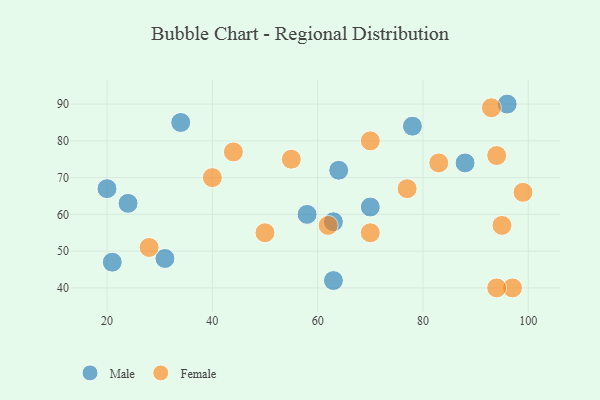
{"axis": {"x": "GDP", "y": "Life Expectancy"}, "legend": ["Female", "Male"], "data": [{"x": "31", "y": 48, "type": "Male"}, {"x": "64", "y": 72, "type": "Male"}, {"x": "70", "y": 62, "type": "Male"}, {"x": "34", "y": 85, "type": "Male"}, {"x": "88", "y": 74, "type": "Male"}, {"x": "63", "y": 42, "type": "Male"}, {"x": "78", "y": 84, "type": "Male"}, {"x": "63", "y": 58, "type": "Male"}, {"x": "96", "y": 90, "type": "Male"}, {"x": "58", "y": 60, "type": "Male"}, {"x": "21", "y": 47, "type": "Male"}, {"x": "20", "y": 67, "type": "Male"}, {"x": "24", "y": 63, "type": "Male"}, {"x": "55", "y": 75, "type": "Female"}, {"x": "44", "y": 77, "type": "Female"}, {"x": "70", "y": 55, "type": "Female"}, {"x": "28", "y": 51, "type": "Female"}, {"x": "40", "y": 70, "type": "Female"}, {"x": "99", "y": 66, "type": "Female"}, {"x": "83", "y": 74, "type": "Female"}, {"x": "77", "y": 67, "type": "Female"}, {"x": "97", "y": 40, "type": "Female"}, {"x": "95", "y": 57, "type": "Female"}, {"x": "62", "y": 57, "type": "Female"}, {"x": "94", "y": 76, "type": "Female"}, {"x": "94", "y": 40, "type": "Female"}, {"x": "50", "y": 55, "type": "Female"}, {"x": "70", "y": 80, "type": "Female"}, {"x": "93", "y": 89, "type": "Female"}]}